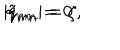
LaTeX: | q _ { n m } | = \zeta , \hspace { 5 m m } \tilde { q } _ { m n } = 0